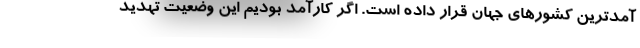
آمدترین کشورهای جهان قرار داده است. اگر کارآمد بودیم این وضعیت تهدید